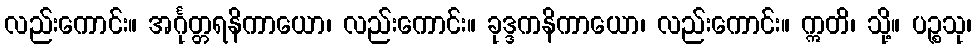
လည်းကောင်း။ အင်္ဂုတ္တရနိကာယော၊ လည်းကောင်း။ ခုဒ္ဒကနိကာယော၊ လည်းကောင်း။ ဣတိ၊ သို့။ ပဉ္စသု၊